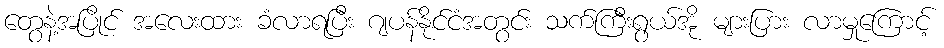
တွေနဲ့အပြိုင် အလေးထား ခံလာရပြီး ဂျပန်နိုင်ငံအတွင်း သက်ကြီးရွယ်အို များပြား လာမှုကြောင့်